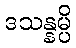
ဒသန္နမ္ပိ